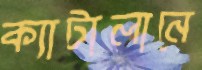
ক্যাটালানে